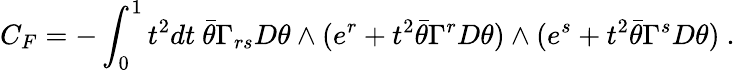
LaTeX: C_{F}=-\int_{0}^{1}t^{2}dt~{\bar{\theta}}\Gamma_{rs}D\theta\wedge(e^{r}+t^{2}\bar{\theta}\Gamma^{r}D\theta)\wedge(e^{s}+t^{2}\bar{\theta}\Gamma^{s}D\theta)\ .